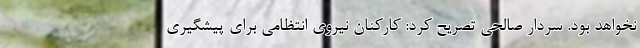
نخواهد بود. سردار صالحی تصریح کرد: کارکنان نیروی انتظامی برای پیشگیری